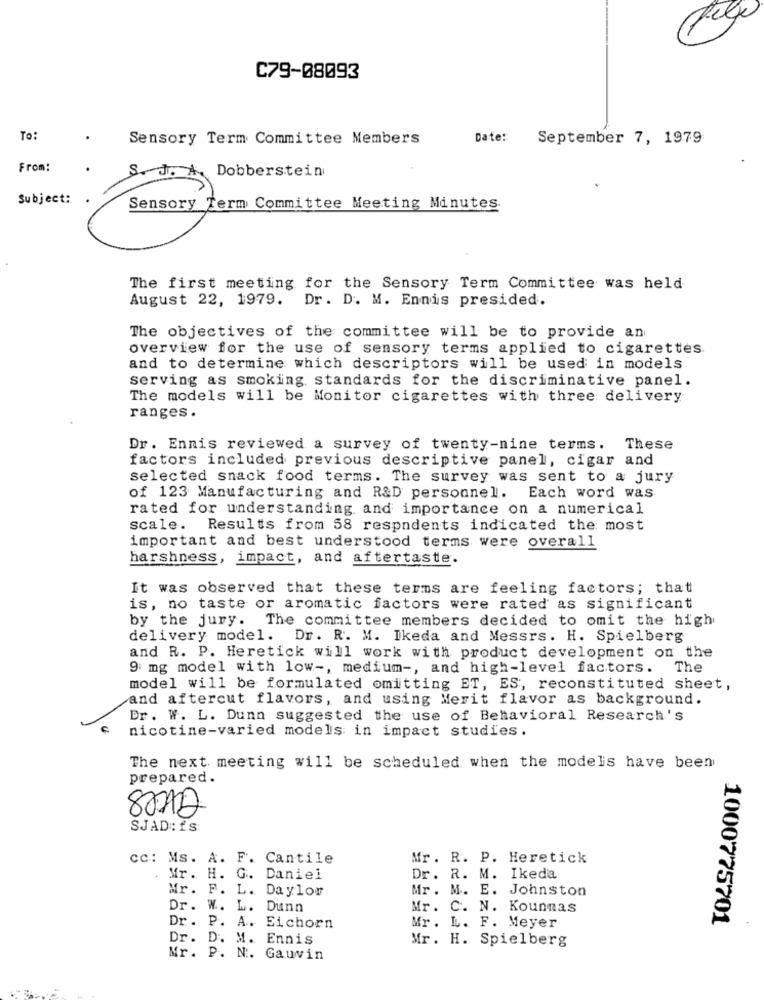
C79-08093
To:
Sensory Term Committee Members
Date:
September 7, 1979
From:
S. J. A. Dobberstein
Subject:
Sensory Term Committee Meeting Minutes
The first meeting for the Sensory Term Committee was held
August 22, 1979. Dr. D. M. Ennis presided.
The objectives of the committee will be to provide an
overview for the use of sensory terms applied to cigarettes.
and to determine which descriptors will be used in models
serving as smoking standards for the discriminative panel.
The models will be Monitor cigarettes with three delivery
ranges .
Dr. Ennis reviewed a survey of twenty-nine terms. These
factors included previous descriptive panel, cigar and
selected snack food terms. The survey was sent to a jury
of 123 Manufacturing and R&D personnel. Each word was
rated for understanding and importance on a numerical
scale.
Results from 58 respndents indicated the most
important and best understood terms were overall
harshness, impact, and aftertaste.
It was observed that these terms are feeling factors; that
is, no taste or aromatic factors were rated as significant
by the jury. The committee members decided to omit the high
delivery model. Dr. R. M. Ikeda and Messrs. H. Spielberg
and R. P. Heretick will work with product development on the
9 mg model with low -, medium -, and high-level factors. The
model will be formulated omitting ET, ES, reconstituted sheet,
and aftercut flavors, and using Merit flavor as background.
Dr. W. L. Dunn suggested the use of Behavioral Research's
nicotine-varied models in impact studies.
The next meeting will be scheduled when the models have been
prepared .
aves
SJAD: fs:
cc: Ms. A. F. Cantile
Mr. R. P. Heretick
Mr. H. G. Daniel
Dr. R. M. Ikeda
Mr. F. L. Daylow
Mr. M. E. Johnston
Dr. W. L. Dunn
Mr. C. N. Kounnas
1000775701
Dr. P. A. Eichorn
Mr. L. F. Meyer
Dr. D. M. Ennis
Mr. H. Spielberg
Mr. P. N. Gauvin